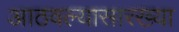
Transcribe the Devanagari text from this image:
आठवल्यासारख्या